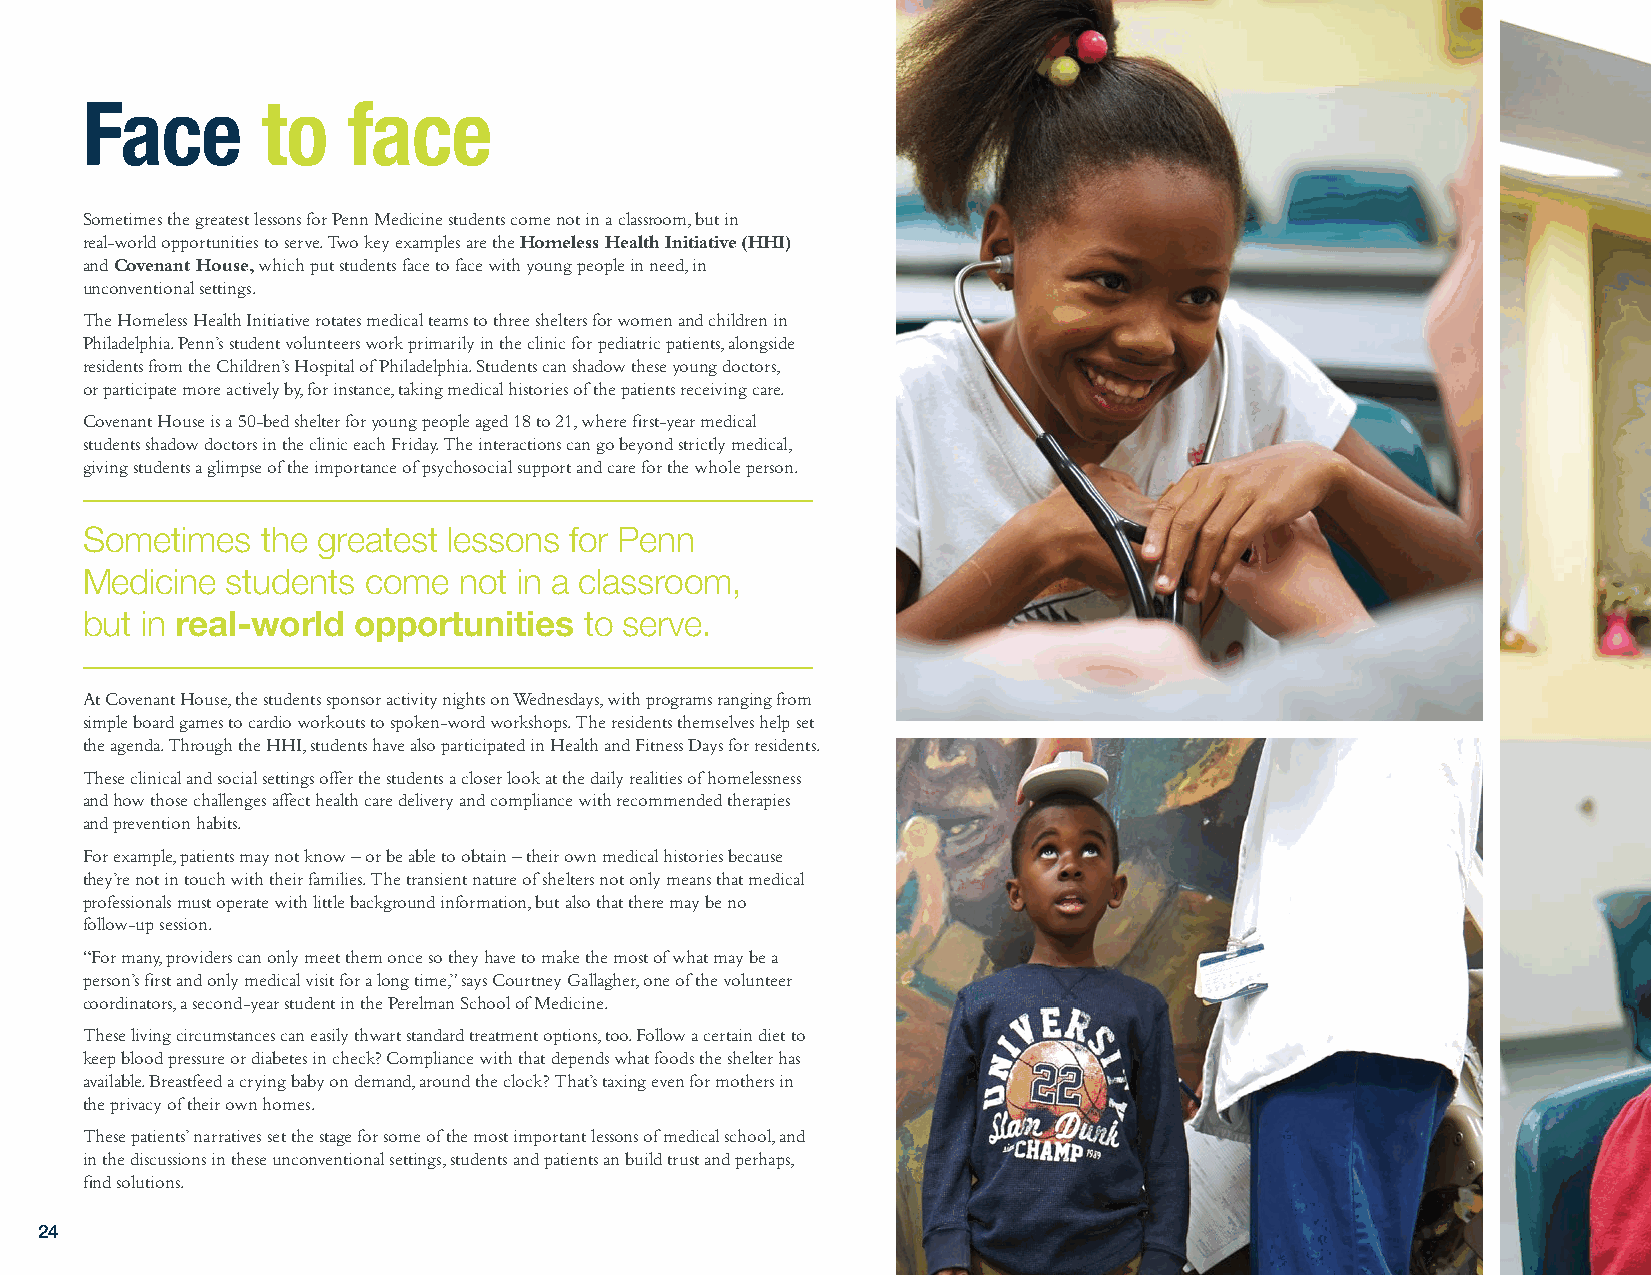
Face        to    face
 Sometimes the greatest lessons for Penn Medicine students come not in a classroom, but in
 real-world opportunities to serve. Two key examples are the Homeless Health Initiative (HHI)
 and Covenant House, which put students face to face with young people in need, in
 unconventional settings.
 The Homeless Health Initiative rotates medical teams to three shelters for women and children in
 Philadelphia. Penn’s student volunteers work primarily in the clinic for pediatric patients, alongside
 residents from the Children’s Hospital of Philadelphia. Students can shadow these young doctors,
 or participate more actively by, for instance, taking medical histories of the patients receiving care.
 Covenant House is a 50-bed shelter for young people aged 18 to 21, where first-year medical
 students shadow doctors in the clinic each Friday. The interactions can go beyond strictly medical,
 giving students a glimpse of the importance of psychosocial support and care for the whole person.
 Sometimes   the greatest lessons for Penn
 Medicine  students come  not in a classroom,
 but in real-world opportunities   to serve.
 At Covenant House, the students sponsor activity nights on Wednesdays, with programs ranging from
 simple board games to cardio workouts to spoken-word workshops. The residents themselves help set
 the agenda. Through the HHI, students have also participated in Health and Fitness Days for residents.
 These clinical and social settings offer the students a closer look at the daily realities of homelessness
 and how those challenges affect health care delivery and compliance with recommended therapies
 and prevention habits.
 For example, patients may not know – or be able to obtain – their own medical histories because
 they’re not in touch with their families. The transient nature of shelters not only means that medical
 professionals must operate with little background information, but also that there may be no
 follow-up session.
 “For many, providers can only meet them once so they have to make the most of what may be a
 person’s first and only medical visit for a long time,” says Courtney Gallagher, one of the volunteer
 coordinators, a second-year student in the Perelman School of Medicine.
 These living circumstances can easily thwart standard treatment options, too. Follow a certain diet to
 keep blood pressure or diabetes in check? Compliance with that depends what foods the shelter has
 available. Breastfeed a crying baby on demand, around the clock? That’s taxing even for mothers in
 the privacy of their own homes.
 These patients’ narratives set the stage for some of the most important lessons of medical school, and
 in the discussions in these unconventional settings, students and patients an build trust and perhaps,
 find solutions.
 24